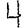
Digit: 4